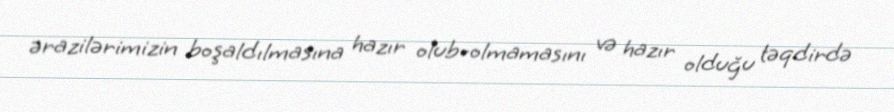
ərazilərimizin boşaldılmasına hazır olub-olmamasını və hazır olduğu təqdirdə